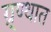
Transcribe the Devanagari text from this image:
ग्र्ण्थात